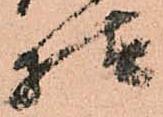
様